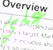
علي